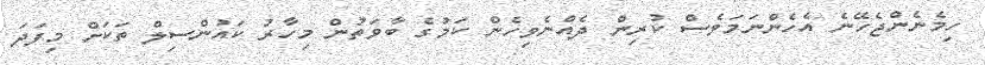
ހިމެނެންޖެހޭނެ އެހެންނަމަވެސް ކުރިން ދެއްނެވިހެން ކަމުގެ ބާވަތުން މިހާރު ކައުންސިލް ތަކަށް މިފަދަ